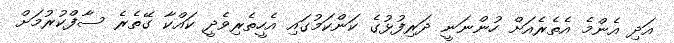
އަދި އެންމެ އެތެރެއަށް ހުންނަނީ ދަރިފުޅުގެ ކަންކަމުގައި އެހީތެރިވެދީ ކައްކާ ގޭތެރެ ސާފްކުރުމަށް